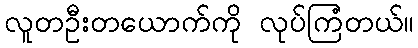
လူတဦးတယောက်ကို လုပ်ကြံတယ်။